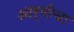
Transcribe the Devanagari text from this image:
आर्मीचा